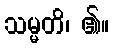
သမ္မတိ၊ ၏။